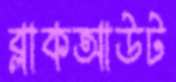
ব্লাকআউট